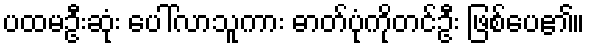
ပထမဦးဆုံး ပေါ်လာသူကား ဓာတ်ပုံကိုတင်ဦး ဖြစ်ပေ၏။